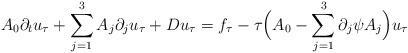
LaTeX: \begin{align*} A_0 \partial_t u_\tau &+ \sum_{j = 1}^3 A_j \partial_j u_\tau + D u_\tau = f_\tau - \tau \Big(A_0 - \sum_{j=1}^3 \partial_j \psi A_j \Big) u_\tau \end{align*}